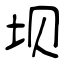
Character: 坝